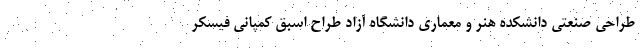
طراحی صنعتی دانشکده هنر و معماری دانشگاه آزاد طراح اسبق کمپانی فیسکر